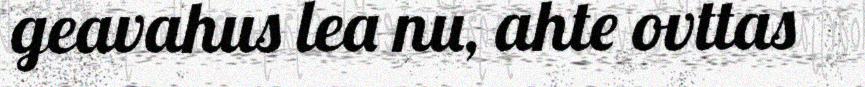
geavahus lea nu, ahte ovttas